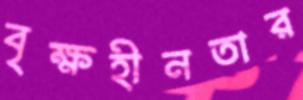
বৃক্ষহীনতার